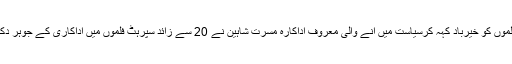
پشتو فلموں کو خیرباد کہہ کرسیاست میں آنے والی معروف اداکارہ مسرت شاہین نے 20 سے زائد سپرہٹ فلموں میں اداکاری کے جوہر دکھائے۔